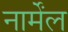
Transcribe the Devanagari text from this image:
नार्मेंल